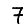
Digit: 7